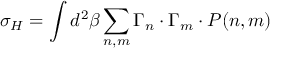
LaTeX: \sigma _ { H } = \int d ^ { 2 } \beta \sum _ { n , m } \Gamma _ { n } \cdot \Gamma _ { m } \cdot P ( n , m )